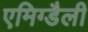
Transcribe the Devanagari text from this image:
एमिग्डैली